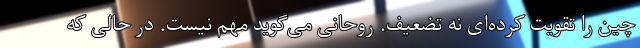
چین را تقویت کرده‌ای نه تضعیف. روحانی می‌گوید مهم نیست. در حالی که